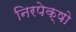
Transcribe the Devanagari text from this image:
निरपेक्षो